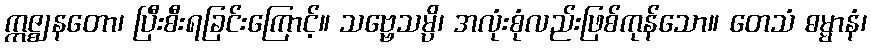
ဣဇ္ဈနတော၊ ပြီးစီးရခြင်းကြောင့်။ သဗ္ဗေသမ္ပိ၊ အလုံးစုံလည်းဖြစ်ကုန်သော။ တေသံ ဓမ္မာနံ၊